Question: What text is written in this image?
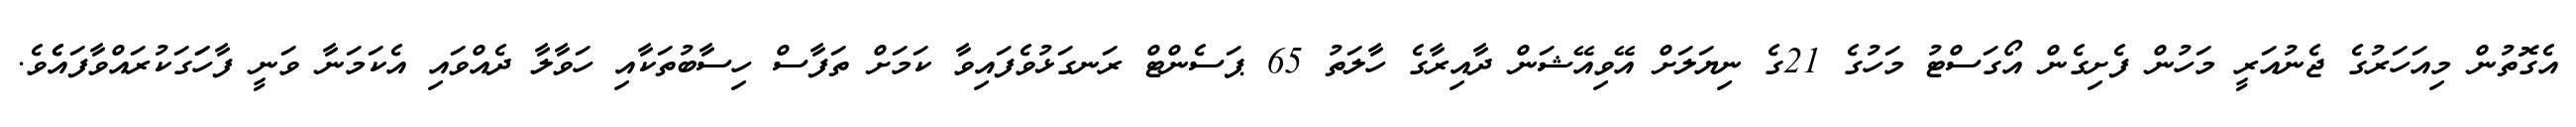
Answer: އެގޮތުން މިއަހަރުގެ ޖެނުއަރީ މަހުން ފެށިގެން އޯގަސްޓު މަހުގެ 21ގެ ނިޔަލަށް އޭވިއޭޝަން ދާއިރާގެ ހާލަތު 65 ޕަސެންޓް ރަނގަޅުވެފައިވާ ކަމަށް ތަފާސް ހިސާބުތަކާއި ހަވާލާ ދެއްވައި އެކަމަނާ ވަނީ ފާހަަގަކުރައްވާފައެެވެ.